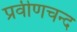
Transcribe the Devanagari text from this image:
प्रवीणचन्द